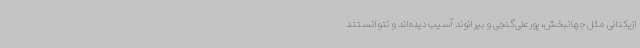
ازیکنانی مثل جهانبخش، پورعلی‌گنجی و بیرانوند آسیب دیده‌اند و نتوانستند